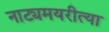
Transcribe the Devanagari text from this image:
नाट्यमयरीत्या